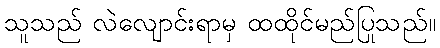
သူသည် လဲလျောင်းရာမှ ထထိုင်မည်ပြုသည်။